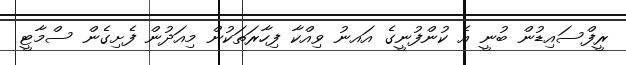
ރީފްސައިޑުން ބުނީ އެ ކުންފުނީގެ އައނު ވިއްކާ ފިހާރަތަކުން މިއަދުން ފެށިގެން ސްމާޓީ